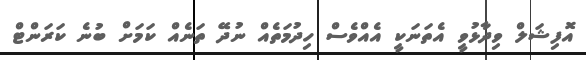
އޮފިޝަލް ވިދާޅުވީ އެތަނަކީ އެއްވެސް ހިދުމަތެއް ނުދޭ ތަނެއް ކަމަށް ބުނެ ކަރަންޓް